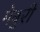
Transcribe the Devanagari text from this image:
मेबुरी